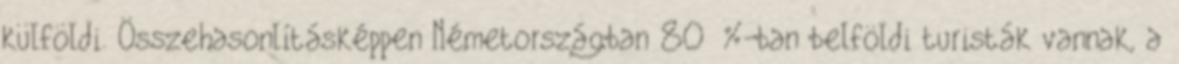
külföldi. Összehasonlításképpen Németországban 80 %-ban belföldi turisták vannak, a